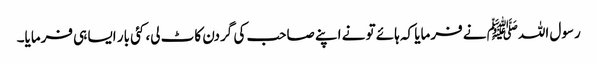
رسول اللہﷺ نے فرمایا کہ ہائے تو نے اپنے صاحب کی گردن کاٹ لی، کئی بار ایسا ہی فرمایا۔